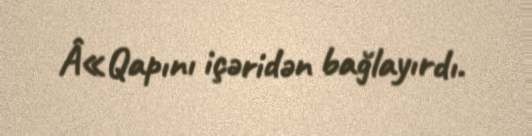
Â«Qapını içəridən bağlayırdı.